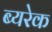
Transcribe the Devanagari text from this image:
ब्यरेक